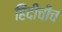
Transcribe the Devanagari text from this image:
हिंदीचीच